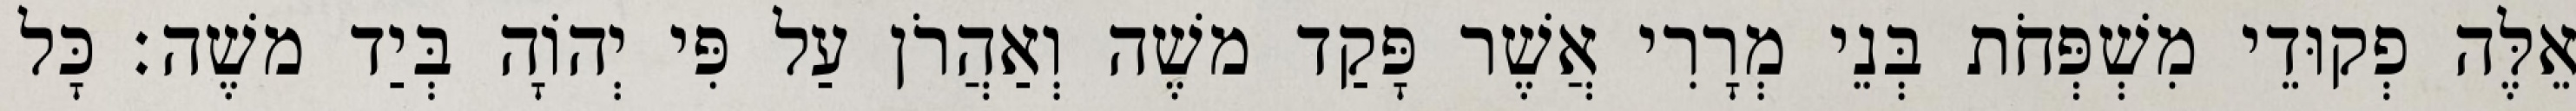
אֵלֶּה פְקוּדֵי מִשְׁפְּחֹת בְּנֵי מְרָרִי אֲשֶׁר פָּקַד משֶׁה וְאַהֲרֹן עַל פִּי יְהוָֹה בְּיַד משֶׁה׃ כָּל